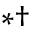
^ { * \dagger }